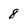
Character: 8